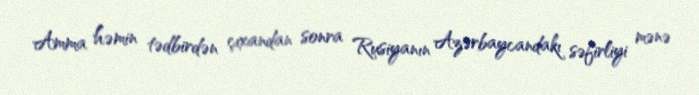
Amma həmin tədbirdən çıxandan sonra Rusiyanın Azərbaycandakı səfirliyi mənə